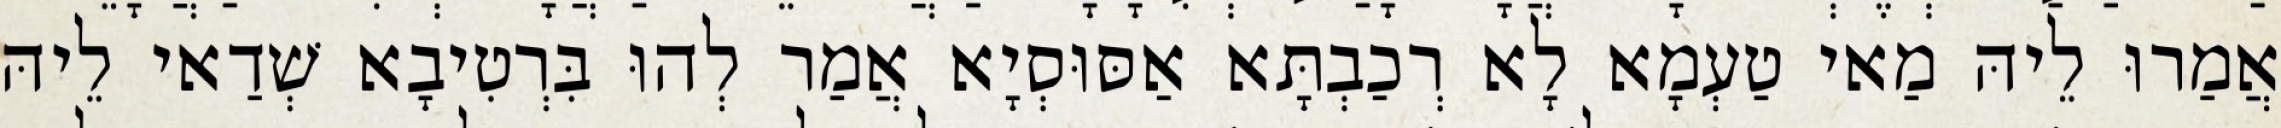
אֲמַרוּ לֵיהּ מַאי טַעְמָא לָא רְכַבְתָּא אַסּוּסְיָא אֲמַר לְהוּ בִּרְטִיבָא שְׁדַאי לֵיהּ